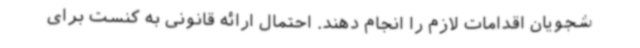
شجویان اقدامات لازم را انجام دهند. احتمال ارائه قانونی به کنست برای